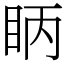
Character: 眪